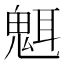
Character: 𬴿